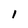
Character: 1